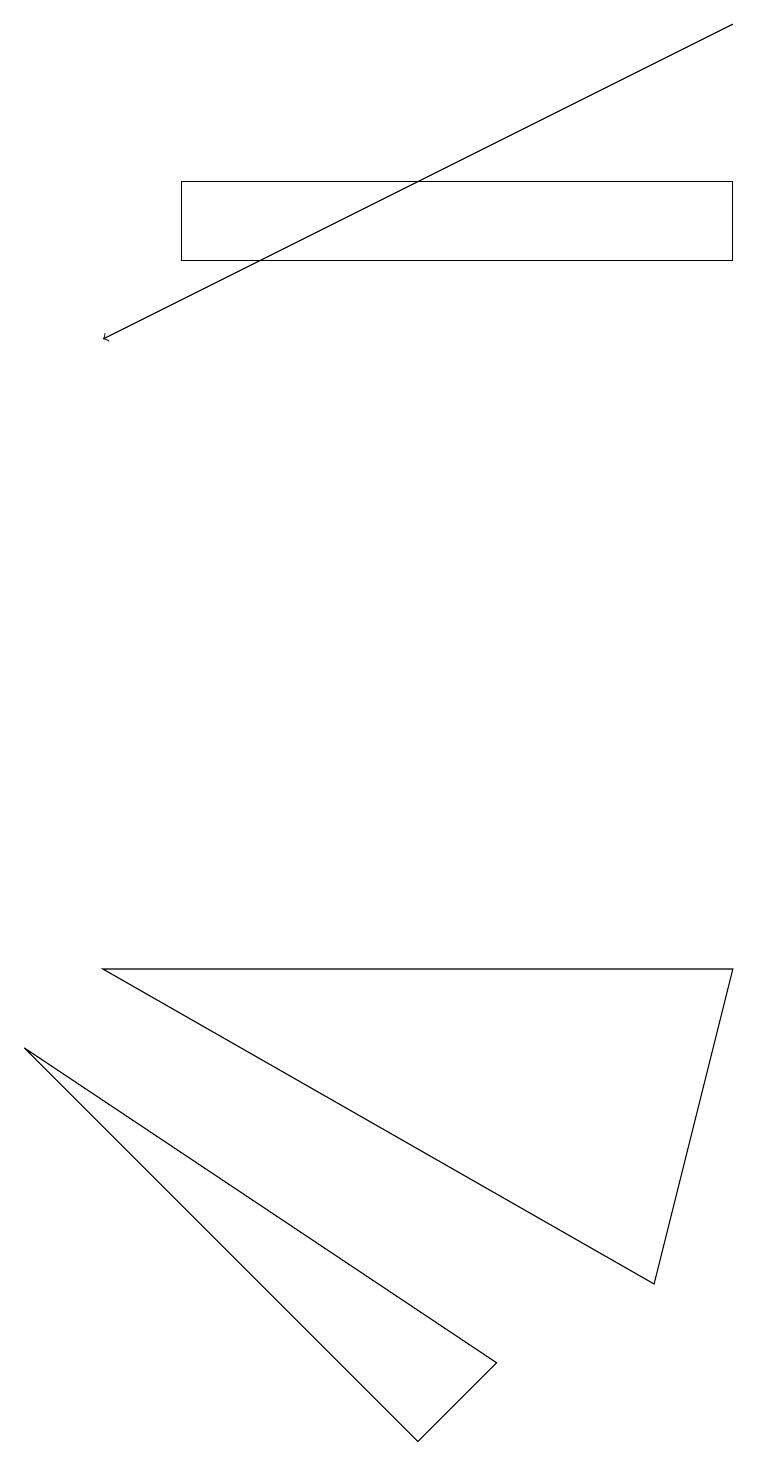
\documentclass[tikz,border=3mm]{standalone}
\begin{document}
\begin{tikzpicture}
\draw (0,6) -- (6,2) -- (5,1) -- cycle;
\draw (9,7) -- (1,7) -- (8,3) -- cycle;
\draw (2,17) rectangle (9,16);
\draw[->] (9,19) -- (1,15);
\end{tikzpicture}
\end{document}